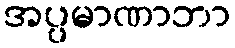
အပ္ပမာဏာဘာ